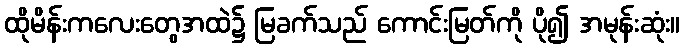
ထိုမိန်းကလေးတွေအထဲ၌ မြခက်သည် ကောင်းမြတ်ကို ပို၍ အမုန်းဆုံး။